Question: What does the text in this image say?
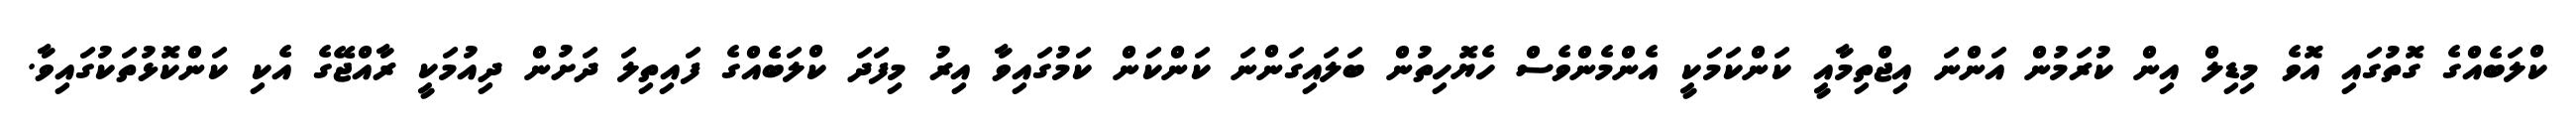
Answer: ކްލަބެއްގެ ގޮތުގައި އޮވެ މިޑިލް އިން ކުރަމުން އަންނަ އިޖްތިމާއީ ކަންކަމަކީ އެންމެންވެސް ހެޔޮހިތުން ބަލައިގަންނަ ކަންކަން ކަމުގައިވާ އިރު މިފަދަ ކްލަބެެއްގެ ފައިތިލަ ދަށުން ދިއުމަކީ ރާއްޖޭގެ އެކި ކަންކޮޅުތަކުގައިވާ.